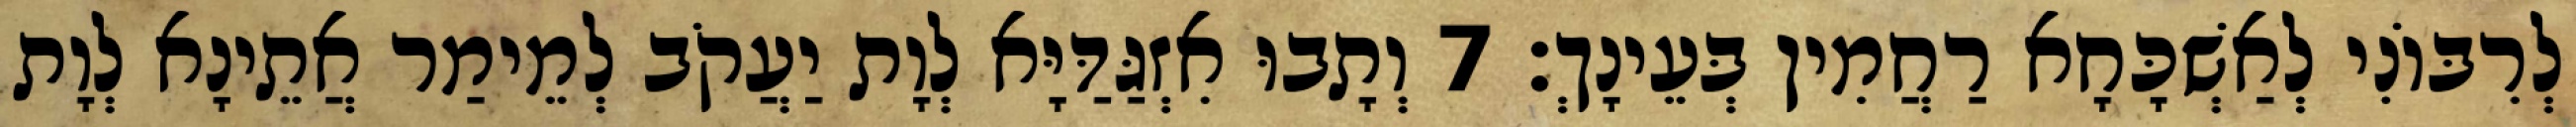
לְרִבּוֹנִי לְאַשְׁכָּחָא רַחֲמִין בְּעֵינָךְ׃ 7 וְתָבוּ אִזְגַּדַּיָּא לְוָת יַעֲקֹב לְמֵימַר אֲתֵינָא לְוָת